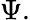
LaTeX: \Psi.